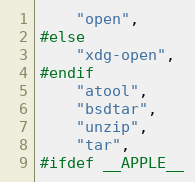
Language: C
	"open",
#else
	"xdg-open",
#endif
	"atool",
	"bsdtar",
	"unzip",
	"tar",
#ifdef __APPLE__